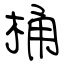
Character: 桶